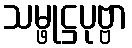
သမ္ဖုဋ္ဌပုဗ္ဗာ